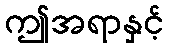
ဤအရာနှင့်